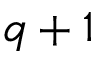
q + 1